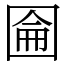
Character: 圇